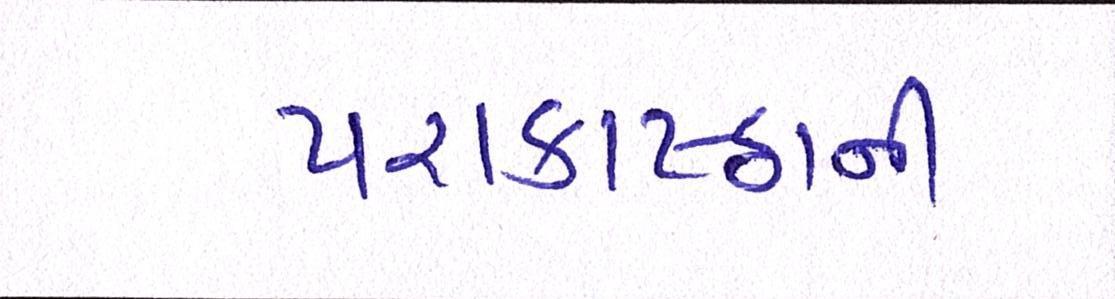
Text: પરાકાષ્ઠાની